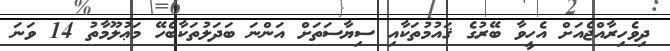
ދިވެހިރާއްޖެއަށް އެހީވާ ބޭރުގެ ޤައުމުތަކާއި ސިޔާސަތަށް އަންނަ ބަދަލުތަކާބެހޭ މަޢުލޫމާތު 14 ވަނަ